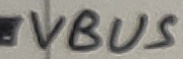
Text: VBUS